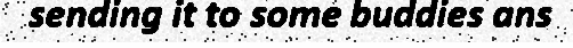
sending it to some buddies ans